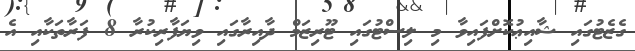
ގެޒެޓުގައި ޝާއިޢުކޮށްފައިވާ މި ލިސްޓުގައި ޓޫރިޒަމް ދާއިރާގައި ވިޔަފާރިކުރާ 8 ފަރާތަކާއި އެ